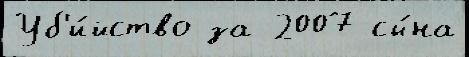
Уб'и́йство за 2007 сы́на